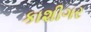
કાશીગર